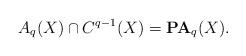
LaTeX: \begin{align*}A_q(X)\cap C^{q-1}(X)=\mathbf{PA}_q(X).\end{align*}